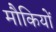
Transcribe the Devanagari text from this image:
मौकियों